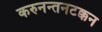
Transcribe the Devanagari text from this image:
करुनन्तनटक्कन